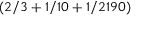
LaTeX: ( 2 / 3 + 1 / 1 0 + 1 / 2 1 9 0 )